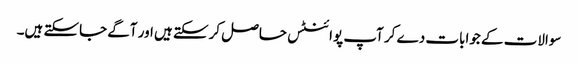
سوالات کے جوابات دے کر آپ پوائنٹس حاصل کرسکتے ہیں اور آگے جاسکتے ہیں۔